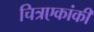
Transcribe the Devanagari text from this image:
चित्रएकांकी